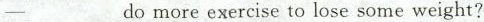
-___do more exercise to lose some weight?